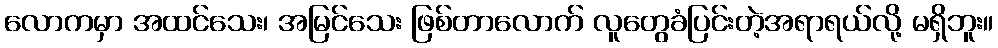
လောကမှာ အထင်သေး၊ အမြင်သေး ဖြစ်တာလောက် လူတွေခံပြင်းတဲ့အရာရယ်လို့ မရှိဘူး။